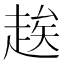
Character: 𬦑